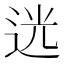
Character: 𨒺